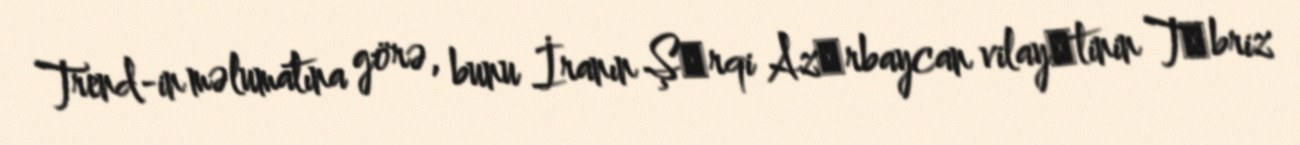
Trend-in məlumatına görə, bunu İranın Şәrqi Azәrbaycan vilayәtinin Tәbriz